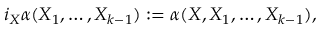
i _ { X } \alpha ( X _ { 1 } , \ldots , X _ { k - 1 } ) : = \alpha ( X , X _ { 1 } , \ldots , X _ { k - 1 } ) ,